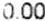
0.00